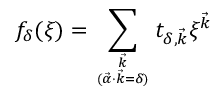
f _ { \delta } ( \xi ) = \sum _ { { \vec { k } } \atop { ( \vec { \alpha } \cdot \vec { k } = \delta ) } } t _ { \delta , \vec { k } } \xi ^ { \vec { k } }